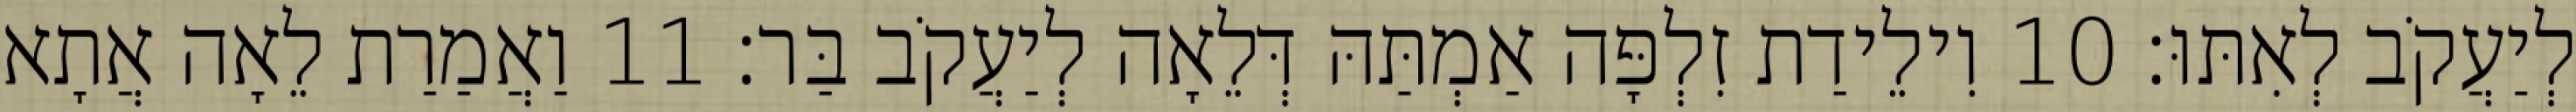
לְיַעֲקֹב לְאִתּוּ׃ 10 וִילֵידַת זִלְפָּה אַמְתַּהּ דְּלֵאָה לְיַעֲקֹב בַּר׃ 11 וַאֲמַרַת לֵאָה אֲתָא